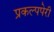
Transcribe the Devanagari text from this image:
प्रकल्पपेरी